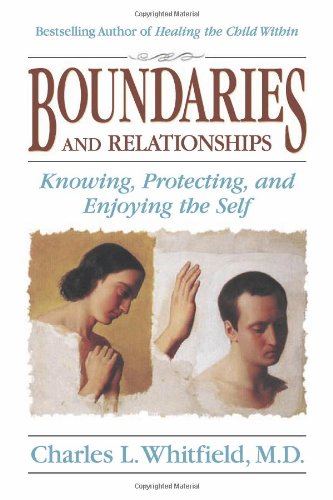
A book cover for Boundaries and Relationships: Knowing, Protecting and Enjoying the Self; Charles Whitfield; Self-Help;